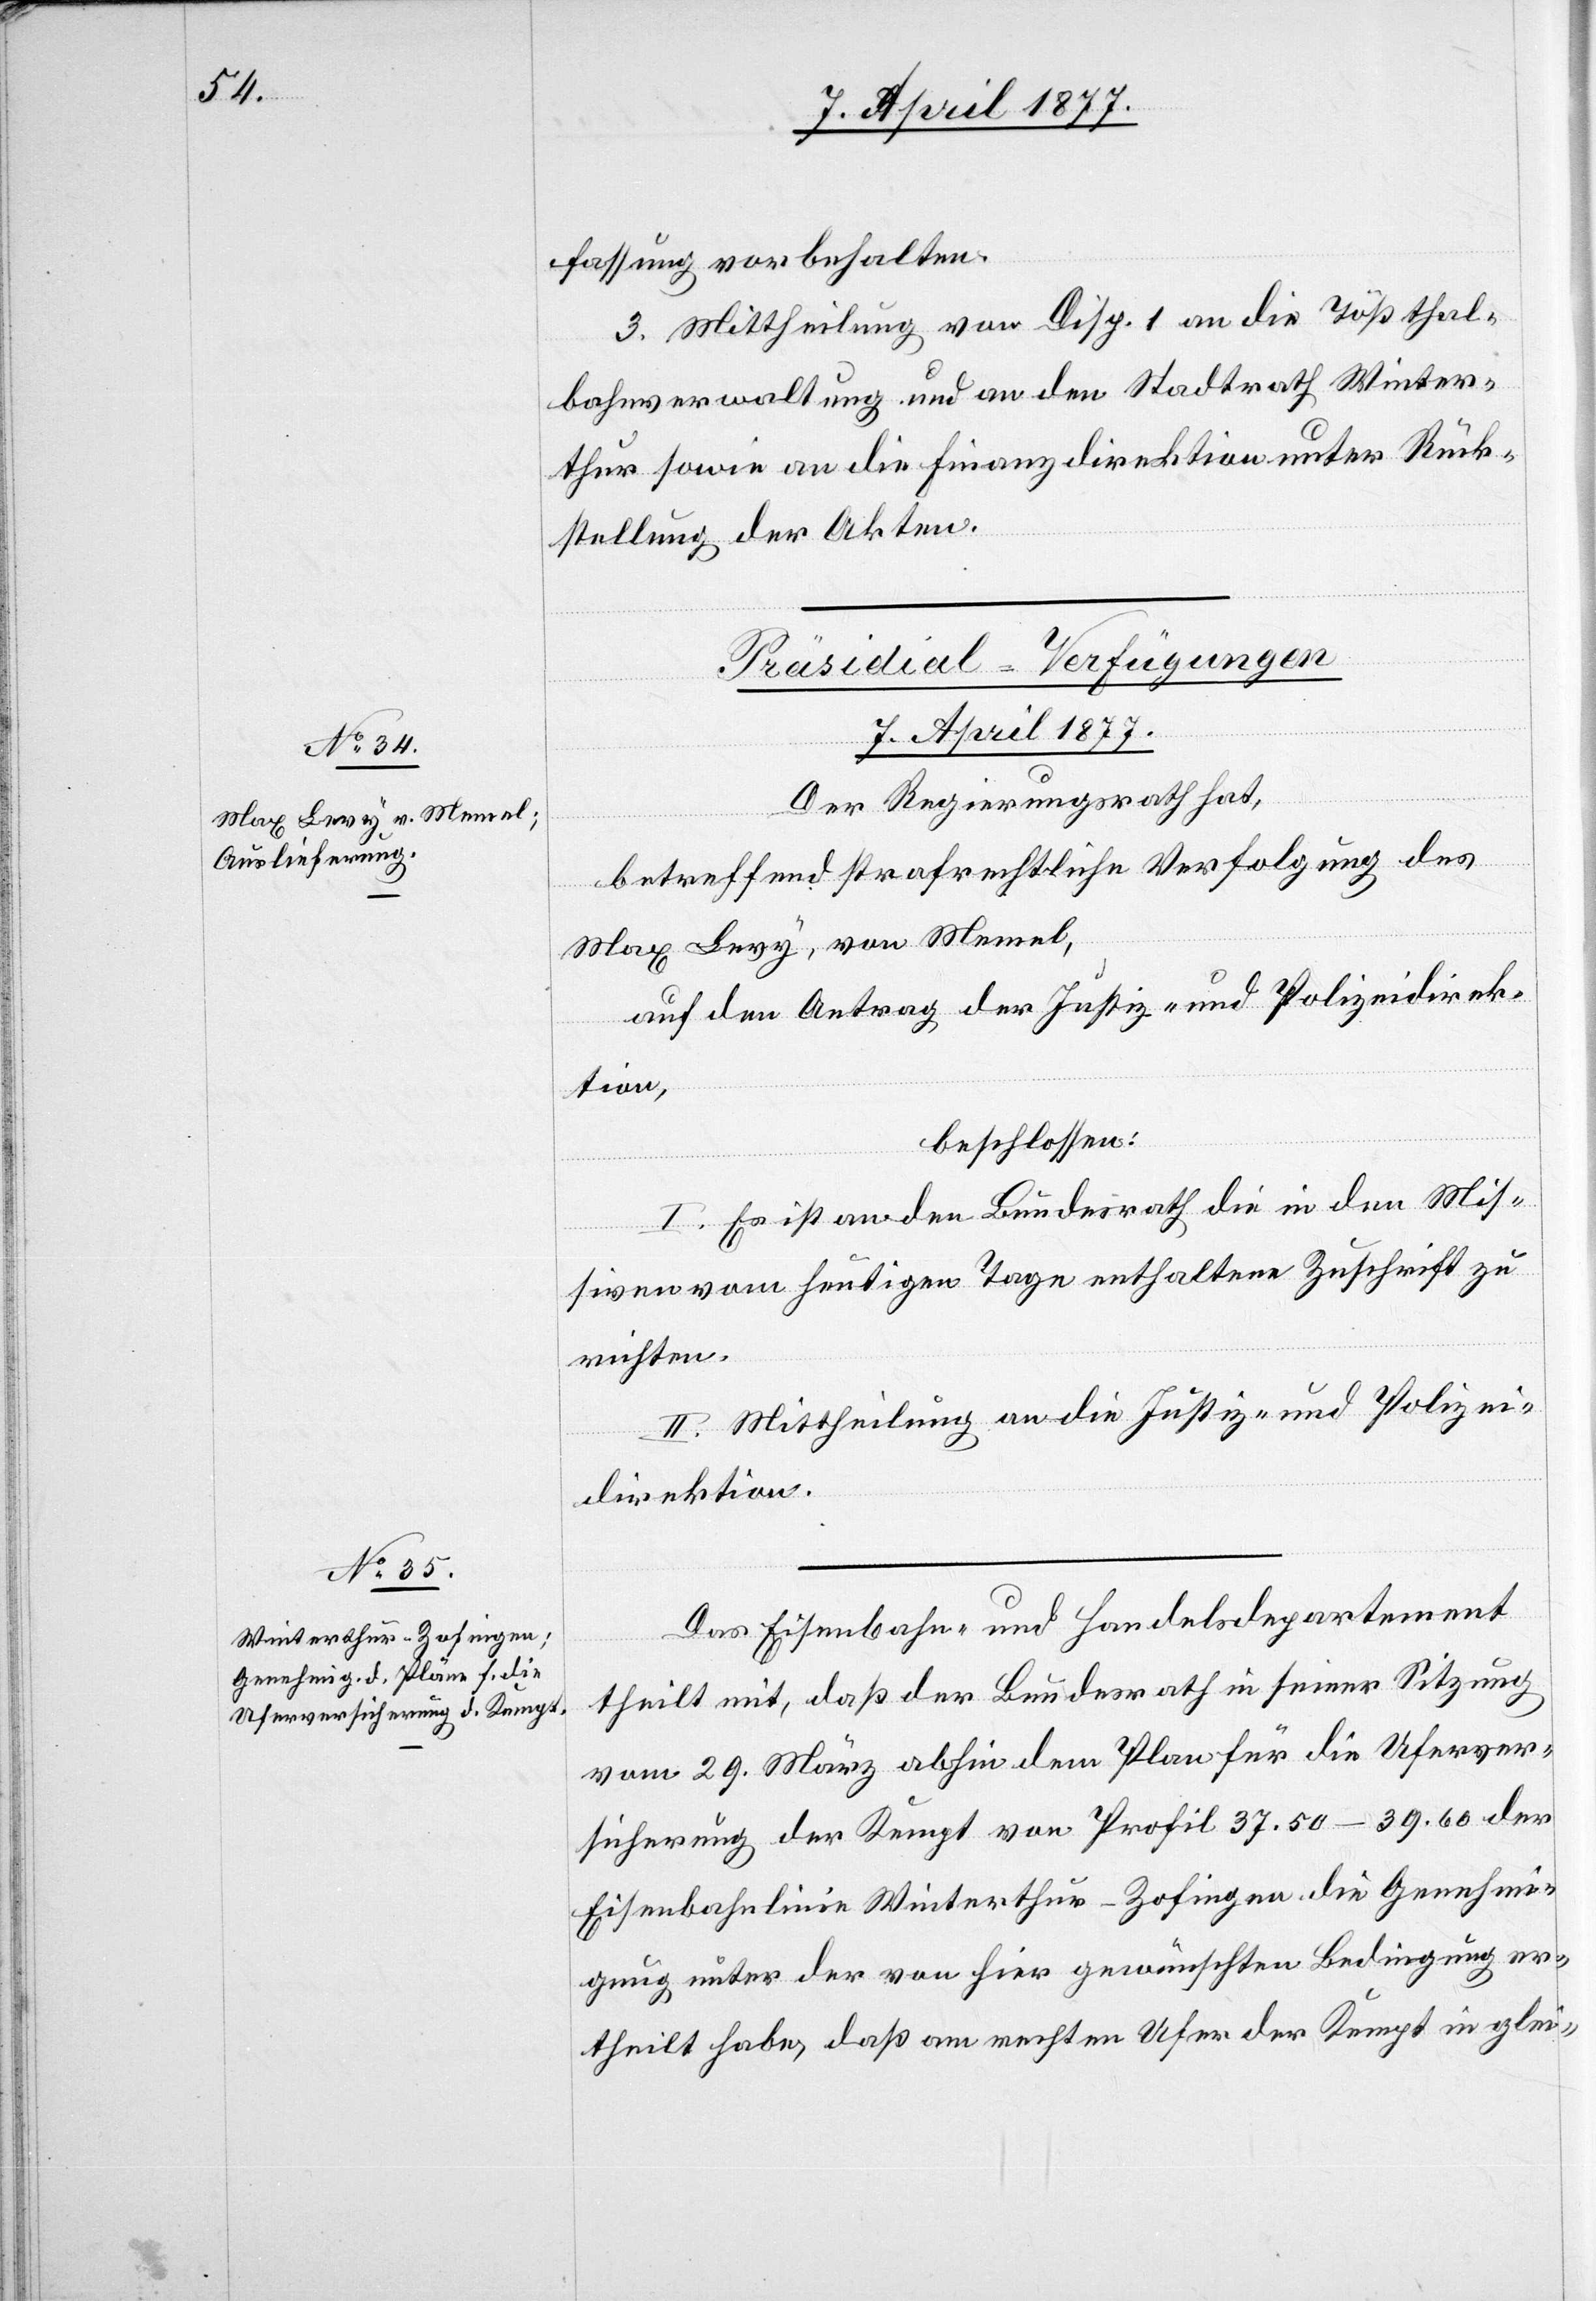
fassung vorbehalten.
3. Mittheilung von Disp. 1 an die Tößthal¬
bahnverwaltung und an den Stadtrath Winter¬
thur sowie an die Finanzdirektion unter Rück¬
stellung der Akten.
[Präsidial-Verfügungen
7. April 1877.]
Der Regierungsrath hat,
betreffend strafrechtliche Verfolgung des
Max Levy, von Memel,
auf den Antrag der Justiz- und Polizeidirek¬
tion,
beschlossen:
I. Es ist an den Bundesrath die in den Mis¬
siven vom heutigen Tage enthaltene Zuschrift zu
richten.
II. Mittheilung an die Justiz- und Polizei¬
direktion.
Das Eisenbahn- und Handelsdepartement
theilt mit, daß der Bundesrath in seiner Sitzung
vom 29. März abhin dem Plan für die Uferver¬
sicherung der Kempt von Profil 37.50–39.60 der
Eisenbahnlinie Winterthur–Zofingen die Genehmi¬
gung unter der von hier gewünschten Bedingung er¬
theilt habe, daß am rechten Ufer der Kempt in glei-